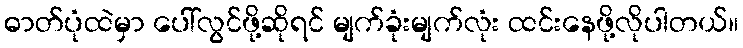
ဓာတ်ပုံထဲမှာ ပေါ်လွင်ဖို့ဆိုရင် မျက်ခုံးမျက်လုံး ထင်းနေဖို့လိုပါတယ်။